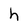
Character: h